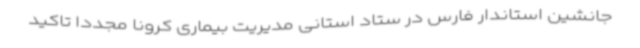
جانشین استاندار فارس در ستاد استانی مدیریت بیماری کرونا مجددا تاکید